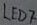
Text: LED7